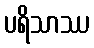
ပရိသာဿ